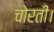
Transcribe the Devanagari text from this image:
चोरती।